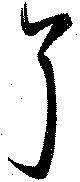
耳